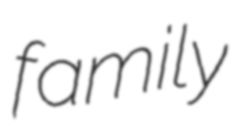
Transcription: family